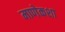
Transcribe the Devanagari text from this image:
माणेकशा